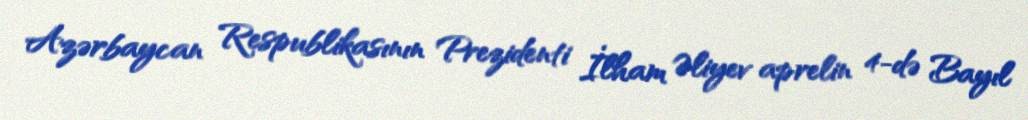
Azərbaycan Respublikasının Prezidenti İlham Əliyev aprelin 4-də Bayıl